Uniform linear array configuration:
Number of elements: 32
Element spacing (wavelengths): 1
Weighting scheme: uniform
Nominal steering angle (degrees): -60
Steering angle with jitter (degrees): -59.434
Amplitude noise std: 0.05
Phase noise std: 0.05

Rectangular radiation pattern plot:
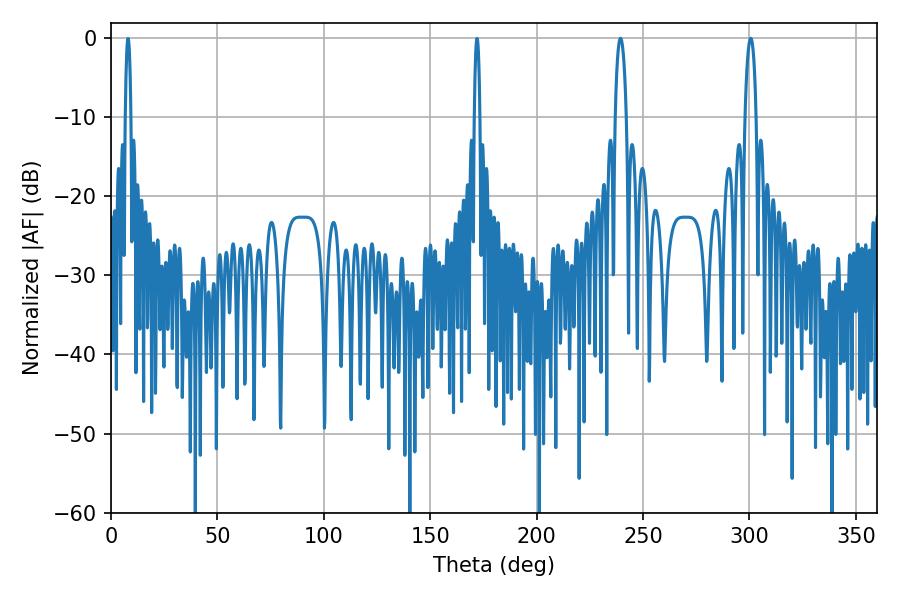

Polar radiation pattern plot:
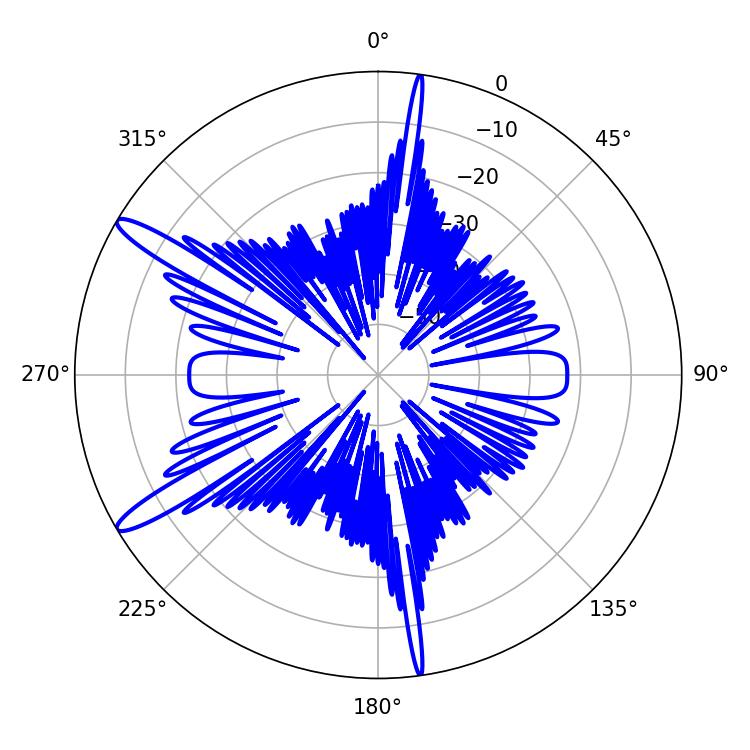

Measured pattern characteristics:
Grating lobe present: TRUE
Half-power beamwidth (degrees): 2.88
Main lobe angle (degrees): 239.4